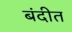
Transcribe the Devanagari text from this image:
बंदीत